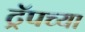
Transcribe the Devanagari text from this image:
ट्रॅपच्या